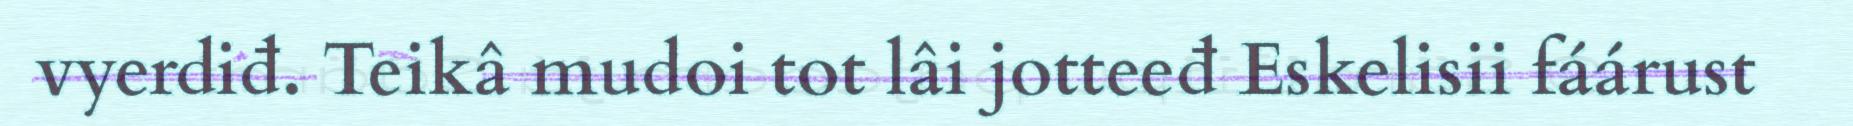
vyerdiđ. Teikâ mudoi tot lâi jotteeđ Eskelisii fáárust